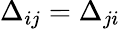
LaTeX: \Delta_{ij}=\Delta_{ji}